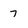
Character: 7